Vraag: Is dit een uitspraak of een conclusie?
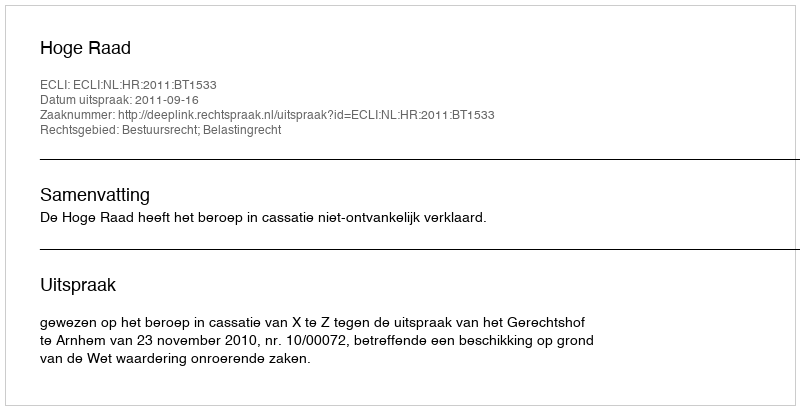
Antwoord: Uitspraak